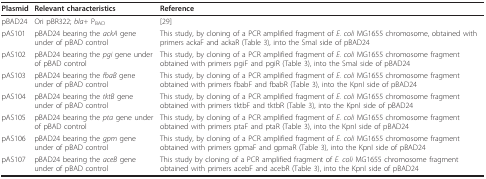
<table><thead><tr><td><b>Plasmid</b></td><td><b>Relevant characteristics</b></td><td><b>Reference</b></td></tr></thead><tbody><tr><td>pBAD24</td><td>Ori pBR322; <i>bla+ </i>P<sub>BAD</sub></td><td>[29]</td></tr><tr><td>pAS101</td><td>pBAD24 bearing the <i>ackA </i>gene under of pBAD control</td><td>This study, by cloning of a PCR amplified fragment of <i>E. coli </i>MG1655 chromosome, obtained with primers ackaF and ackaR (Table 3), into the SmaI side of pBAD24</td></tr><tr><td>pAS102</td><td>pBAD24 bearing the <i>pgi </i>gene under of pBAD control</td><td>This study, by cloning of a PCR amplified fragment of <i>E. coli </i>MG1655 chromosome fragment obtained with primers pgiF and pgiR (Table 3), into the SmaI side of pBAD24</td></tr><tr><td>pAS103</td><td>pBAD24 bearing the <i>fbaB </i>gene under of pBAD control</td><td>This study, by cloning of a PCR amplified fragment of <i>E. coli </i>MG1655 chromosome fragment obtained with primers fbabF and fbabR (Table 3), into the KpnI side of pBAD24</td></tr><tr><td>pAS104</td><td>pBAD24 bearing the <i>tktB </i>gene under of pBAD control</td><td>This study, by cloning of a PCR amplified fragment of <i>E. coli </i>MG1655 chromosome fragment obtained with primers tktbF and tktbR (Table 3), into the KpnI side of pBAD24</td></tr><tr><td>pAS105</td><td>pBAD24 bearing the <i>pta </i>gene under of pBAD control</td><td>This study, by cloning of a PCR amplified fragment of <i>E. coli </i>MG1655 chromosome fragment obtained with primers ptaF and ptaR (Table 3), into the KpnI side of pBAD24</td></tr><tr><td>pAS106</td><td>pBAD24 bearing the <i>gpm </i>gene under of pBAD control</td><td>This study, by cloning of a PCR amplified fragment of <i>E. coli </i>MG1655 chromosome fragment obtained with primers gpmaF and gpmaR (Table 3), into the KpnI side of pBAD24</td></tr><tr><td>pAS107</td><td>pBAD24 bearing the <i>aceB </i>gene under of pBAD control</td><td>This study by cloning of a PCR amplified fragment of <i>E. coli </i>MG1655 chromosome fragment obtained with primers acebF and acebR (Table 3), into the KpnI side of pBAD24</td></tr></tbody></table>